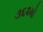
૩૬૨મો